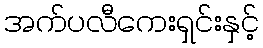
အက်ပလီကေးရှင်းနှင့်